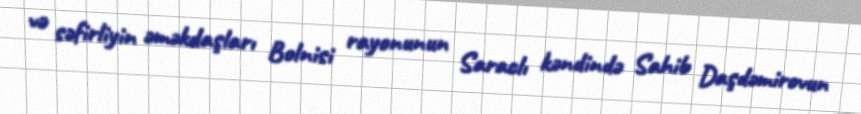
və səfirliyin əməkdaşları Bolnisi rayonunun Saraclı kəndində Sahib Daşdəmirovun